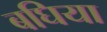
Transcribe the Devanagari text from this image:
बघिया